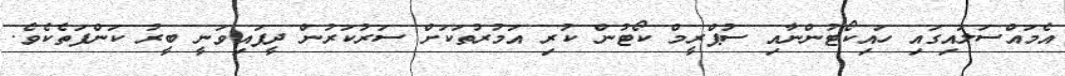
އެމައްސަލައިގައި ހައިކޯޓުންނާއި ސުޕްރީމް ކޯޓުން ކުރި އަމުރުތަކަށް ސަރުކަރުން ދީފައިވަނީ ބީރު ކަންފަތެކެވެ.